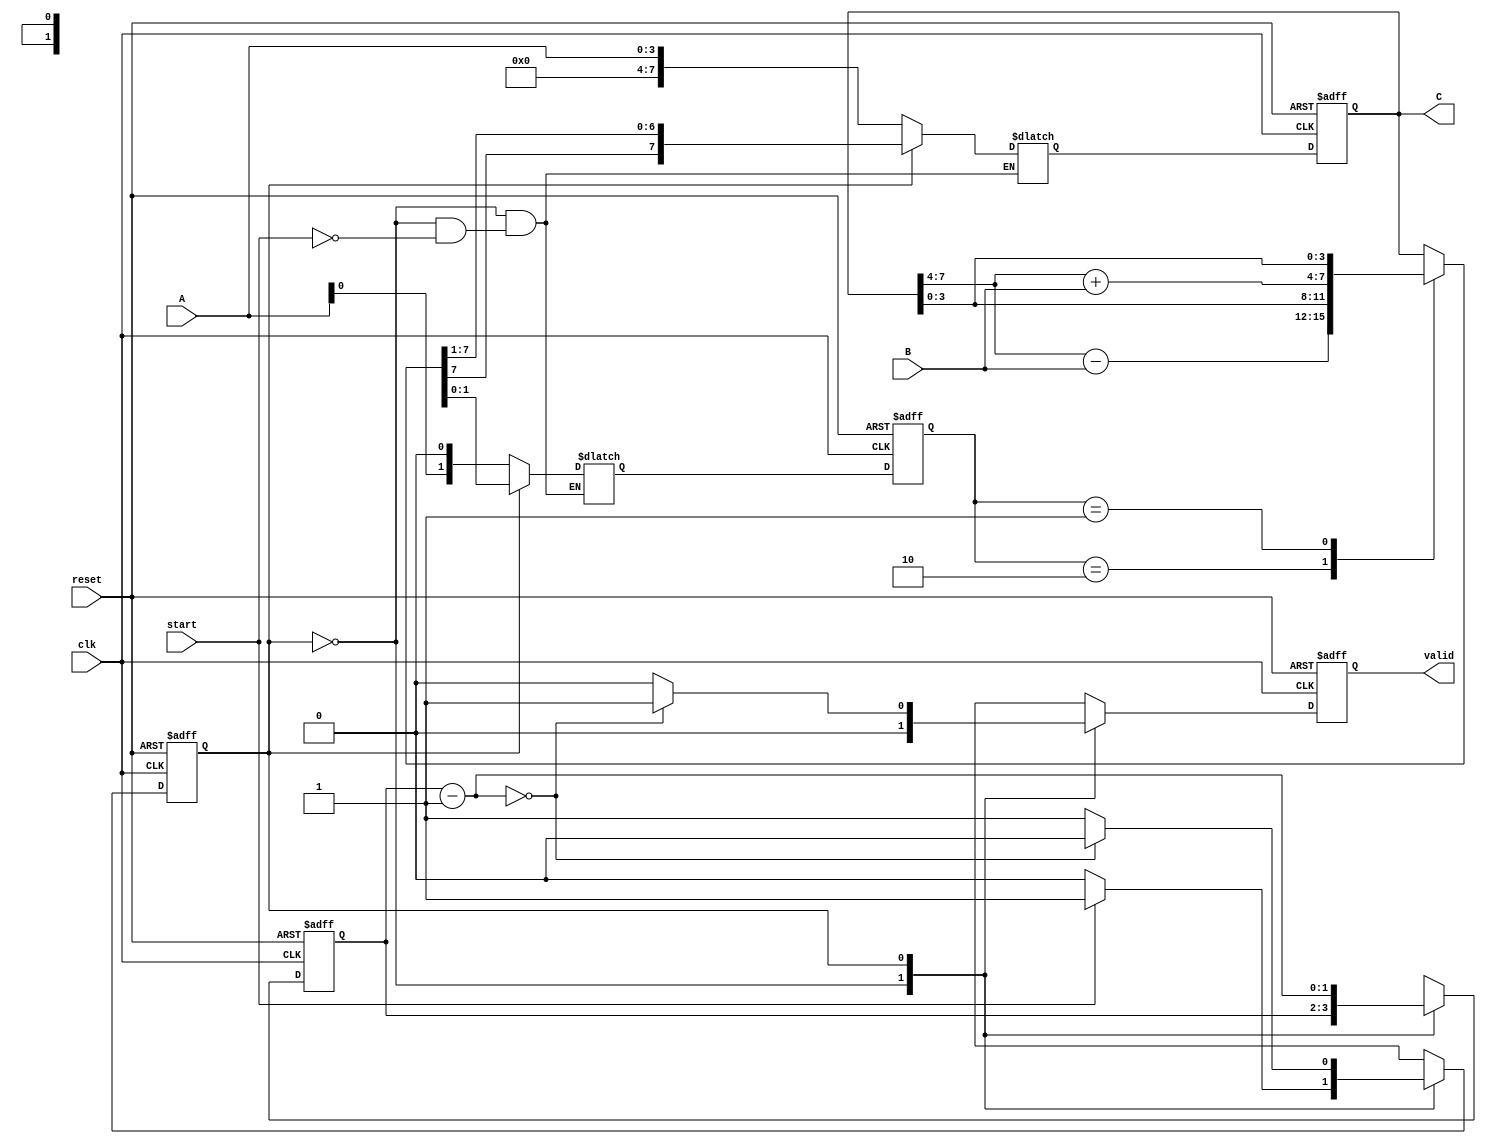
module Booth_multiplier(clk,reset,start,A,B,valid,C);
reg next_state,state;
reg q0;
reg [1:0] temp,n_temp;
reg [1:0] count;
reg [1:0] n_count;
output reg valid;
reg n_valid;
input clk;
input reset;
input start;
input signed[3:0]A;
input signed[3:0]B;
output signed[7:0]C;
reg signed [7:0]C;
reg signed [7:0]C_next;
reg signed [7:0]C_temp=0;

parameter IDLE=0;
parameter START=1;


always @(posedge clk or negedge reset)
 begin 
if (!reset)
        begin
		  C<=8'b0;
		  valid<=1'b0;
		  state<=1'b0;
		  temp<=2'd0;
		  count<=2'd0;
		  end

 else
    begin
C<=C_next;
valid<=n_valid;
temp<=n_temp;
count<=n_count;
state <= next_state;
end 
end


always @(*)
begin
next_state=IDLE;

case(state)
IDLE:
     begin 
      n_count=count;
      n_valid=1'b0;
		if(start)
		begin
		next_state=START;
		n_temp={A[0],1'b0};
		C_next={4'b0,A};
		end 
		
		end
		START:
		     begin
		     case(temp)
		      
			2'b10: C_temp={C[7:4]-B,C[3:0]};
		   2'b01: C_temp={C[7:4]+B,C[3:0]};
		default:C_temp={C[7:4],C[3:0]};
		endcase
		
		C_next=C_temp>>>1;
		n_count=count-1'b1;
		n_valid=(n_count==0)?1:0;
		next_state=(n_count==0)?IDLE:START;
		n_temp<={C_temp[1],C_temp[0]};
		end
		endcase
end
			
endmodule